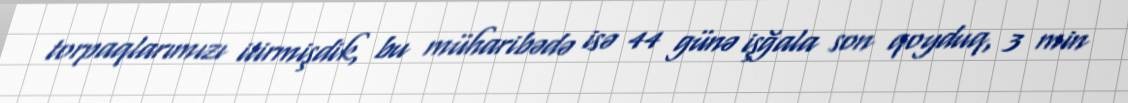
torpaqlarımızı itirmişdik, bu müharibədə isə 44 günə işğala son qoyduq, 3 min